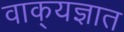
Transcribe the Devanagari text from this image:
वाक्‌यज्ञात